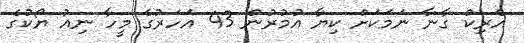
އެރިކް ގާނާ ނަމަކަށް ކިޔާ އުމުރުން 43 އަހަރުގެ މީހާ ނިއު ޔޯކުގެ